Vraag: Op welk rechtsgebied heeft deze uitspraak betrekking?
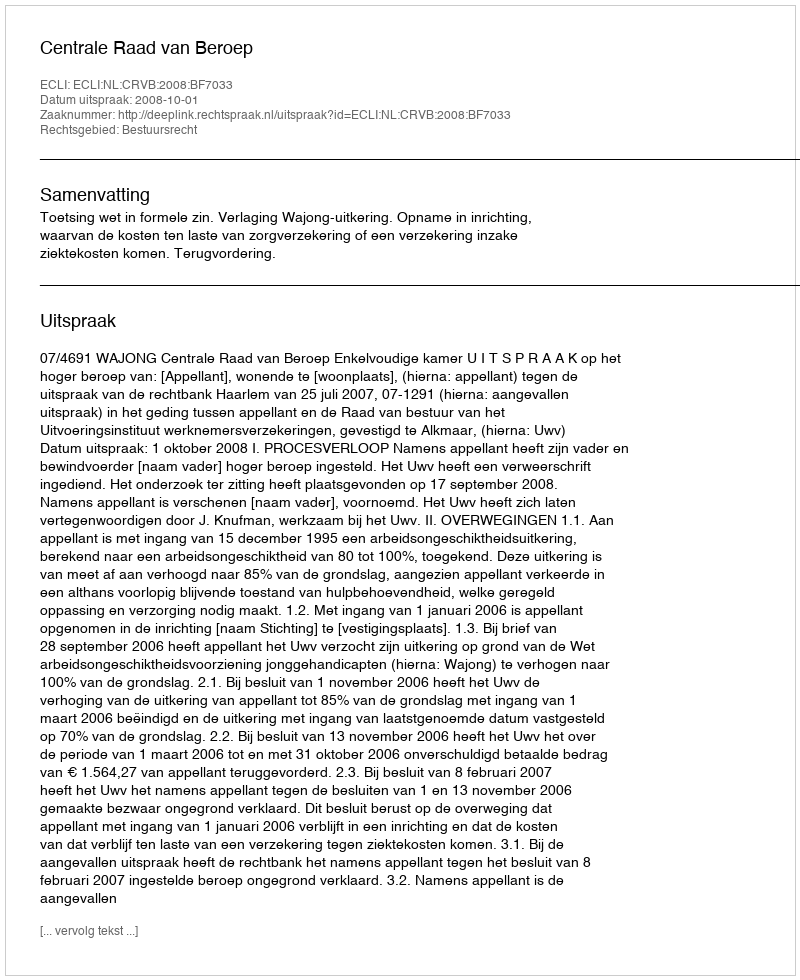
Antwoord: Bestuursrecht